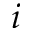
i